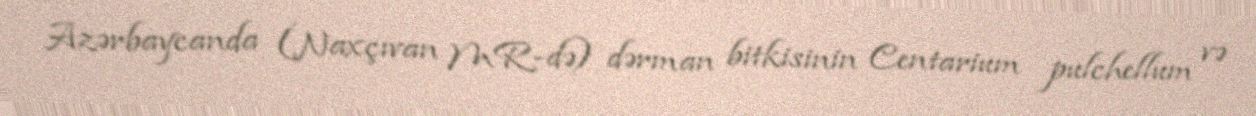
Azərbaycanda (Naxçıvan MR-də) dərman bitkisinin Centarium pulchellum və